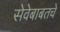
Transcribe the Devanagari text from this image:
सेवेबाबतचे